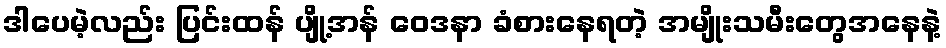
ဒါပေမဲ့လည်း ပြင်းထန် ပျို့အန် ဝေဒနာ ခံစားနေရတဲ့ အမျိုးသမီးတွေအနေနဲ့